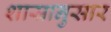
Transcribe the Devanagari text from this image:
शास्रानुसार